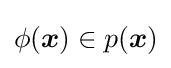
\phi ({\boldsymbol {x}})\in p({\boldsymbol {x}})